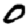
Digit: 0